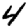
Digit: 4